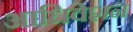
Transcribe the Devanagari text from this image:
आधिवेशन